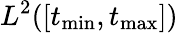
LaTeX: L^{2}([t_{\mathrm{min}},t_{\mathrm{max}}])